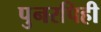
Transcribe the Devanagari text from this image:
पुनरपिही